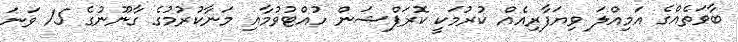
ބާވަތެއްގެ އަމިއްލަ ވިޔަފާރިއެއް ކުރުމަކީ ކޮރަޕްޝަން ހުއްޓުވުމާއި މަނާކުރުމުގެ ގާނޫނުގެ 15 ވަނަ